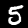
Digit: 5